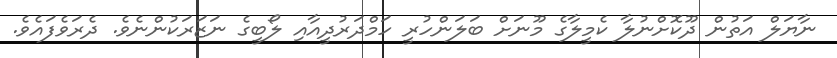
ނާޔަލް އަތުން ދޫކޮށްނުލާ ކެމީލާގެ މޫނަށް ބަލަންހުރީ ހަމްދަރުދީއާއި ލޯބީގެ ނަޒަރަކުންނެވެ. ދެރަވެފައެވެ.